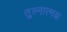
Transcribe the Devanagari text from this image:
तुल्नात्मक